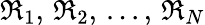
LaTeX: \mathfrak{R}_{1},\, \mathfrak{R}_{2},\, ...,\, \mathfrak{R}_{N}